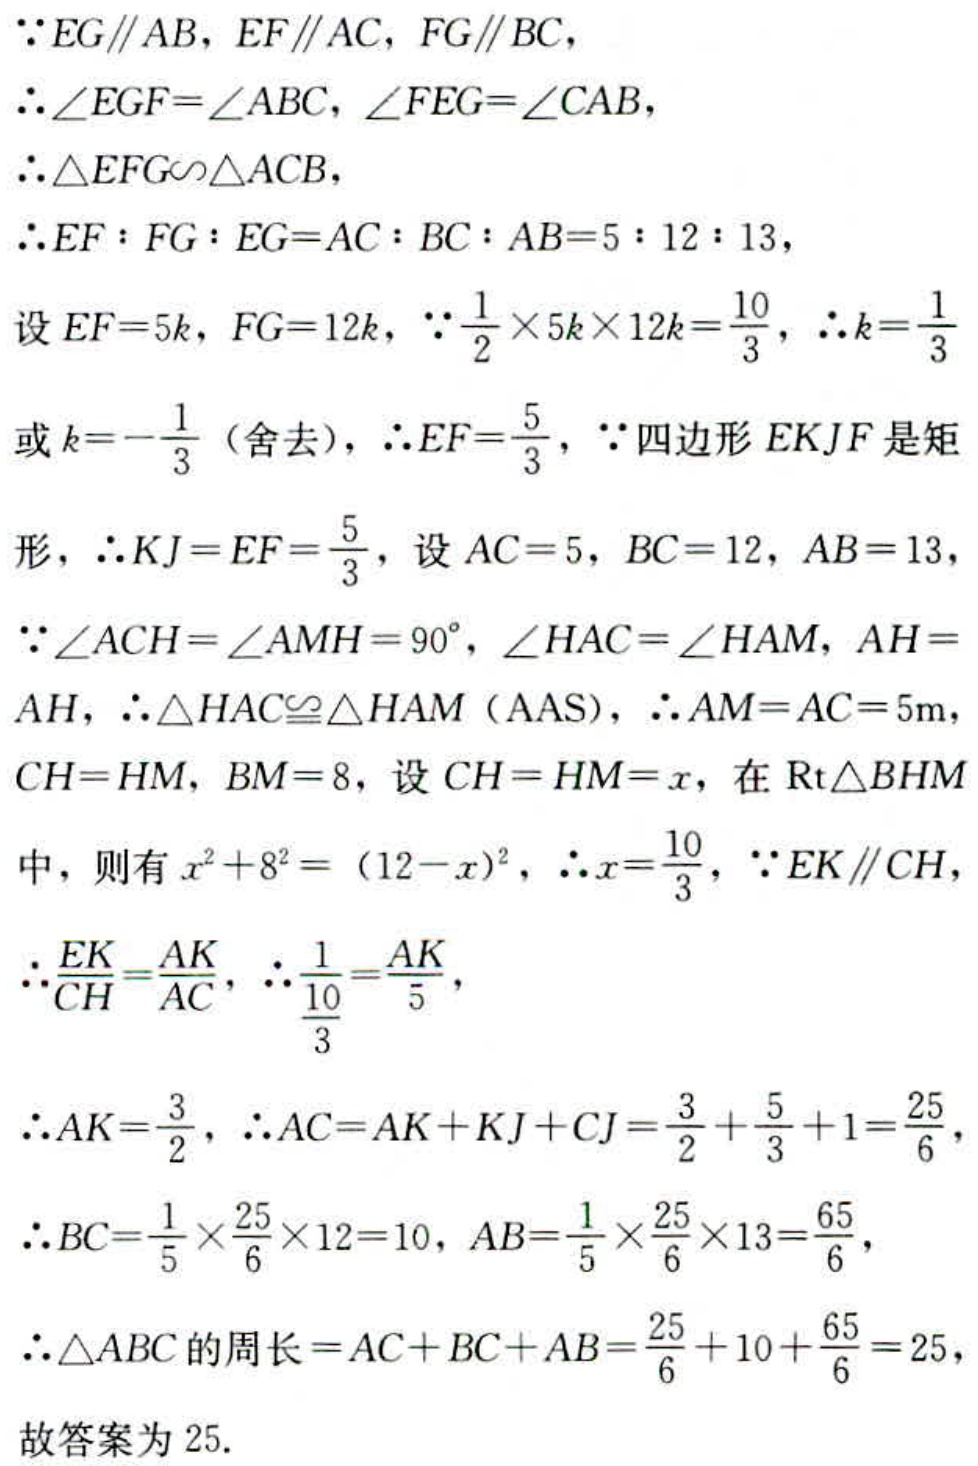
\(\because EG\parallel AB, EF\parallel AC, FG\parallel BC,\)
\(\therefore\angle EGF = \angle ABC, \angle FEG=\angle CAB,\)
\(\therefore\triangle EFG\sim\triangle ACB,\)
\(\therefore EF:FG:EG = AC:BC:AB = 5:12:13,\)
\(\text{设 }EF = 5k, FG = 12k, \because\frac{1}{2}\times5k\times12k=\frac{10}{3}, \therefore k=\frac{1}{3}\)
\(\text{或 }k = -\frac{1}{3}\text{ (舍去)}, \therefore EF=\frac{5}{3}, \because\text{四边形 }EKJF\text{ 是矩}\)
\(\text{形}, \therefore KJ = EF=\frac{5}{3}, \text{设 }AC = 5, BC = 12, AB = 13,\)
\(\because\angle ACH=\angle AMH = 90^{\circ}, \angle HAC=\angle HAM, AH=\)
\(AH, \therefore\triangle HAC\cong\triangle HAM\text{ (AAS)}, \therefore AM = AC = 5\text{m},\)
\(CH = HM, BM = 8, \text{设 }CH = HM = x, \text{在 }\mathrm{Rt}\triangle BHM\)
\(\text{中}, \text{则有 }x^{2}+8^{2}=(12 - x)^{2}, \therefore x=\frac{10}{3}, \because EK\parallel CH,\)
\(\therefore\frac{EK}{CH}=\frac{AK}{AC}, \therefore\frac{1}{\frac{10}{3}}=\frac{AK}{5},\)
\(\therefore AK=\frac{3}{2}, \therefore AC=AK + KJ+CJ=\frac{3}{2}+\frac{5}{3}+1=\frac{25}{6},\)
\(\therefore BC=\frac{1}{5}\times\frac{25}{6}\times12 = 10, AB=\frac{1}{5}\times\frac{25}{6}\times13=\frac{65}{6},\)
\(\therefore\triangle ABC\text{ 的周长}=AC + BC+AB=\frac{25}{6}+10+\frac{65}{6}=25,\)
\(\text{故答案为 }25.\)